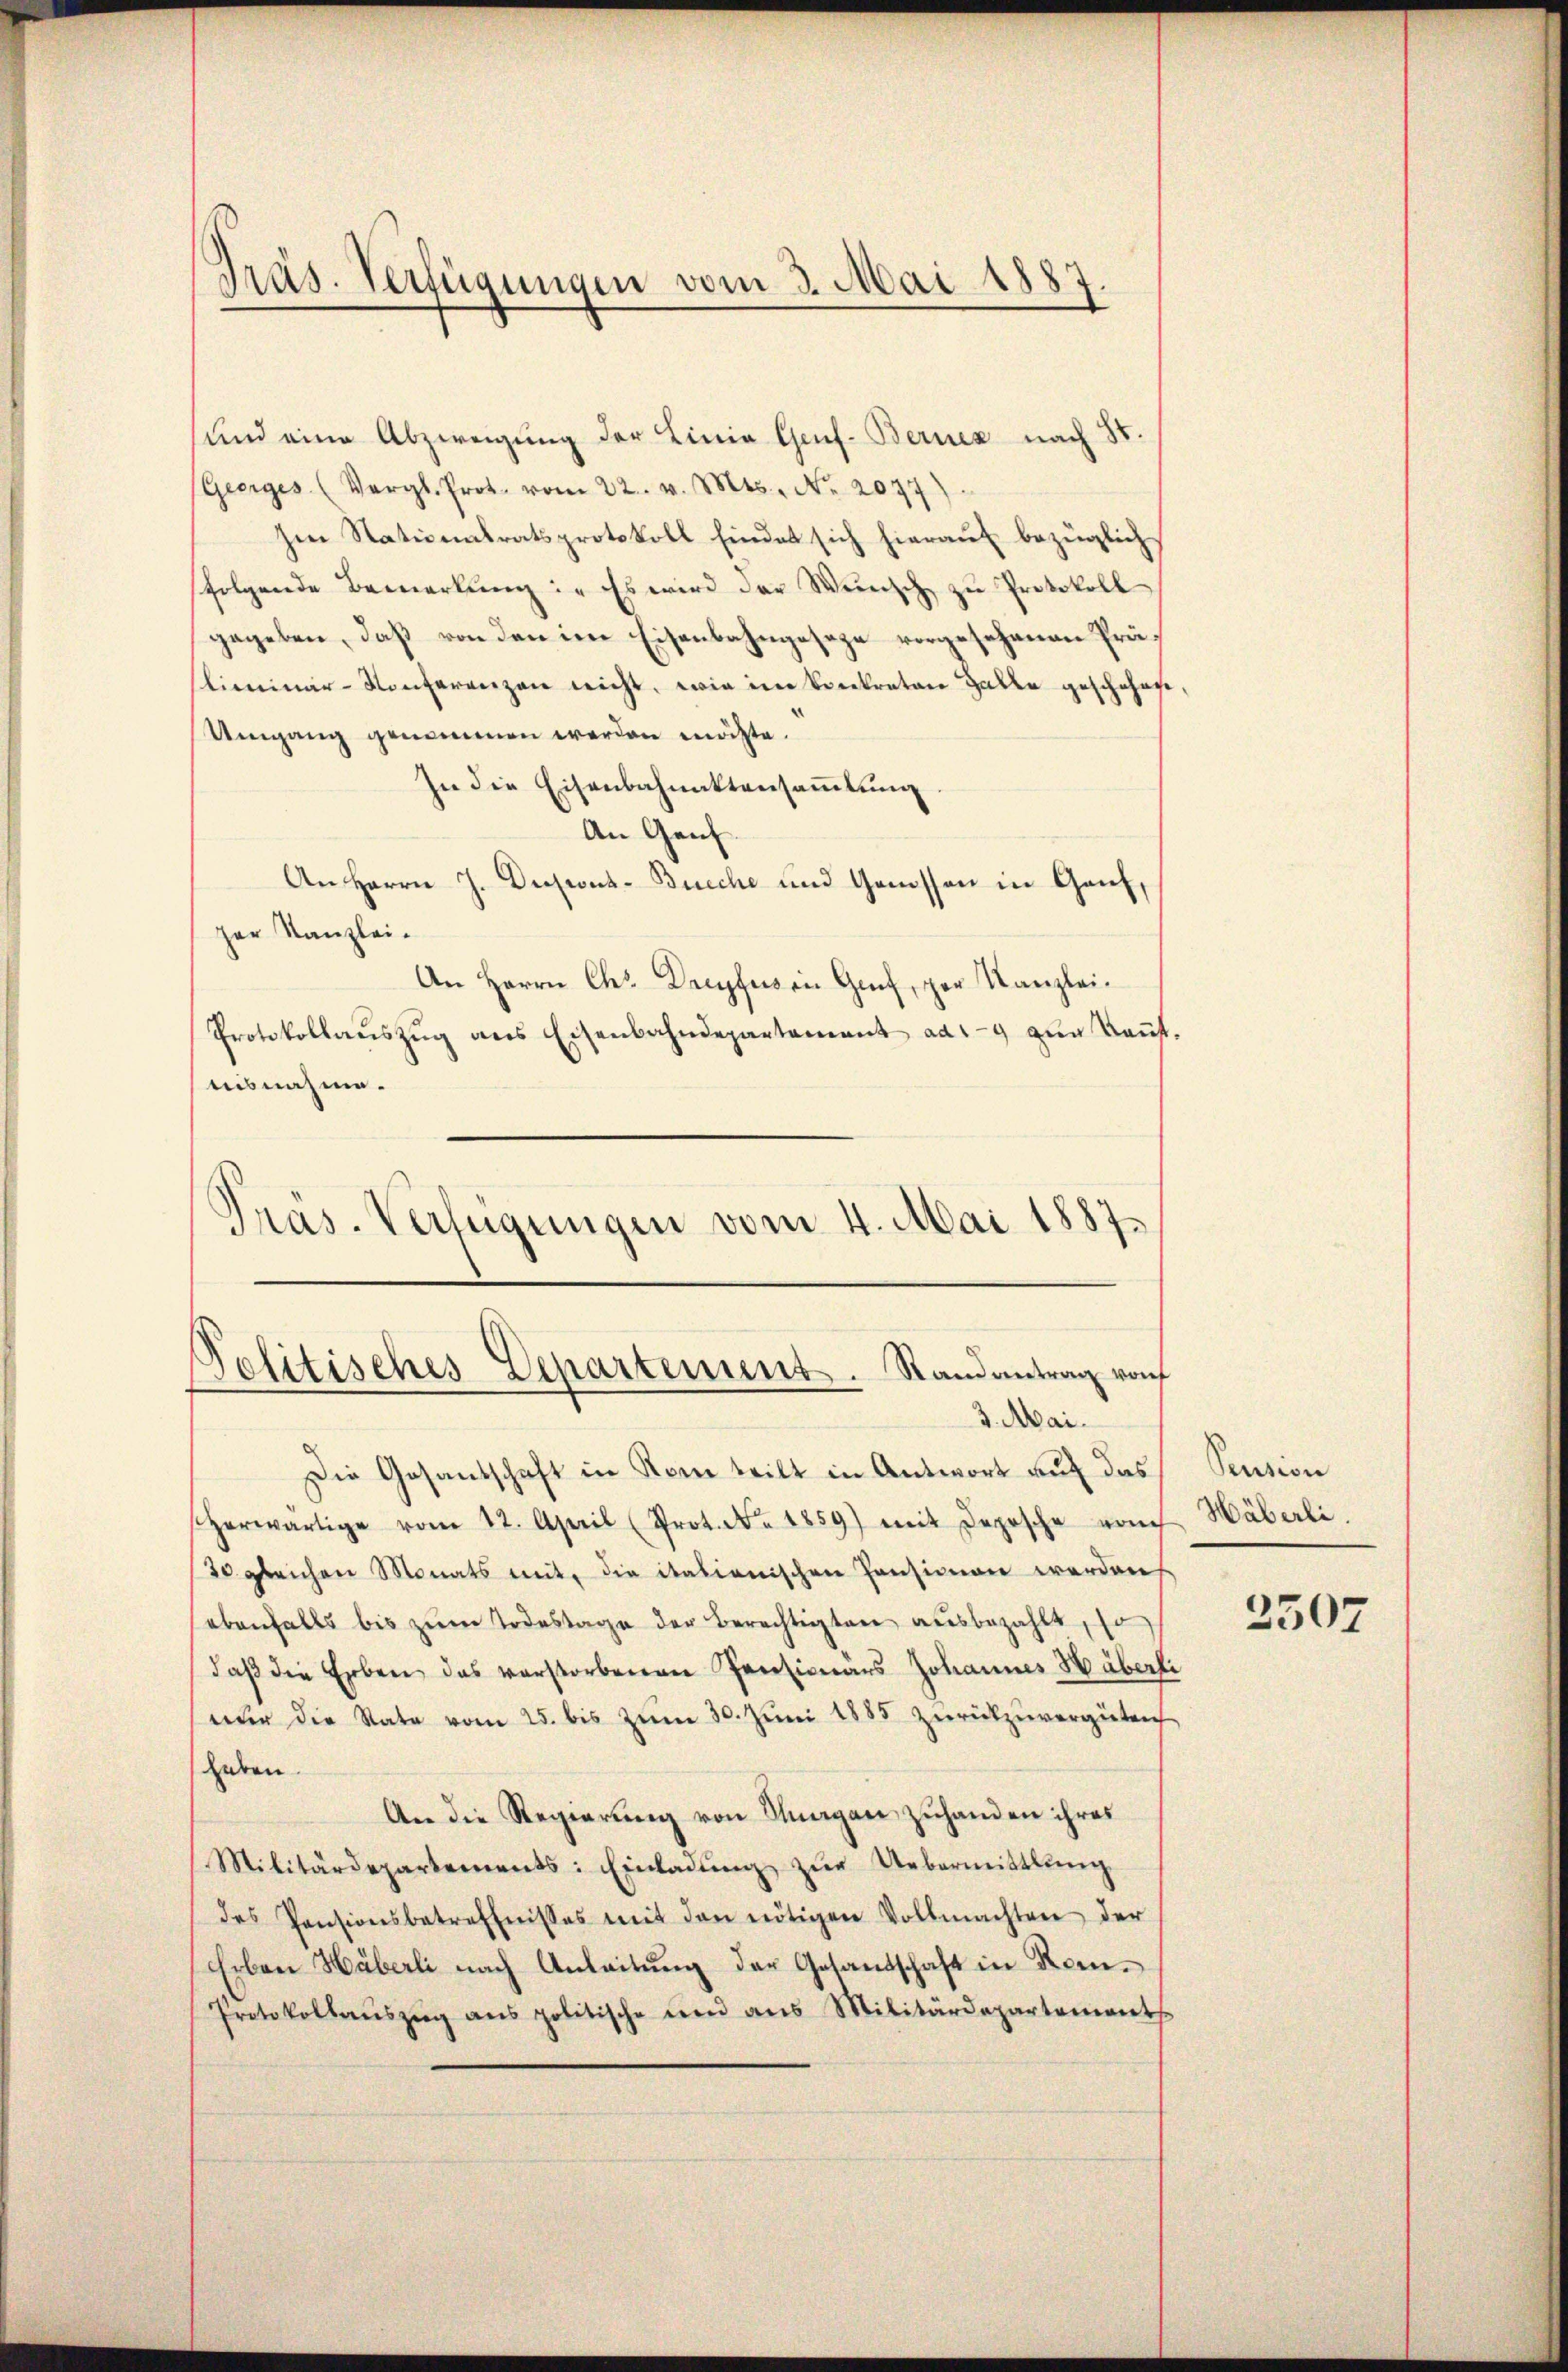
und eine Abzweigung der Linie Genf. Berner nach 80.
(Geerges. (Vergl. Prot. vom 22. v. Mts., Nr. 2077)
hen Nationalratsprotokoll findet sich hierauf bezüglich
folgende Bemerkŭng: „Es wird der Wünsch zŭ Protokoll
gegeben, daß von den im Eisenbahngesage vorgesehenen Präliminar-Konferenzen nicht, wie im Verkraten Halle geschehen
Umgang genommen werden möchte.
In die Eisenbahnaktensammlung
An Genf
An Herrn J. Discus-Breche und Genossen in Genf,
ger Kanzlei-
An Herrn Chr. Dreyfein Genf, per Kanzlei-
Protokollaŭszŭg ans Eisenbahndepartement ad 4 zŭm Kaŭt.
bisnahme.
Präs. Verfügungen vom 4. Mai 1887.

Präs. Verfügungen vom 3. Mai 1887.

Politisches Departement. Stand antrag von
3. Mai.

Die Gesandschaft in Kam teilt in Antwort auf das
herwärtige vom 12. April (Prot. No. 1859) mit Depesche vom
30 gleichen Monats mit, die italienischen Pensionen werden
ebenfalls bis zŭm Todestage der Berechtigten ausbezahlt,
daβ die Erben das verstorbenen Pensionärs Johannes Häberli
nŭr die Rate vom 25. bis zŭm 30. Jŭni 1885 zŭrückzŭvergüten
haben.
An die Regierung von Magan zuhanden ihres
Militärdepartements: Einladŭng zŭr Uebermittlung
des Pensionsbetreffnisses mit den nötigen Vollmachten der
Erben Häberli nach Anleitung der Gesandschaft in Kom¬
Protokollaŭszŭg ans politische und ans Militärdepartement

Pension
Häberli.

2507